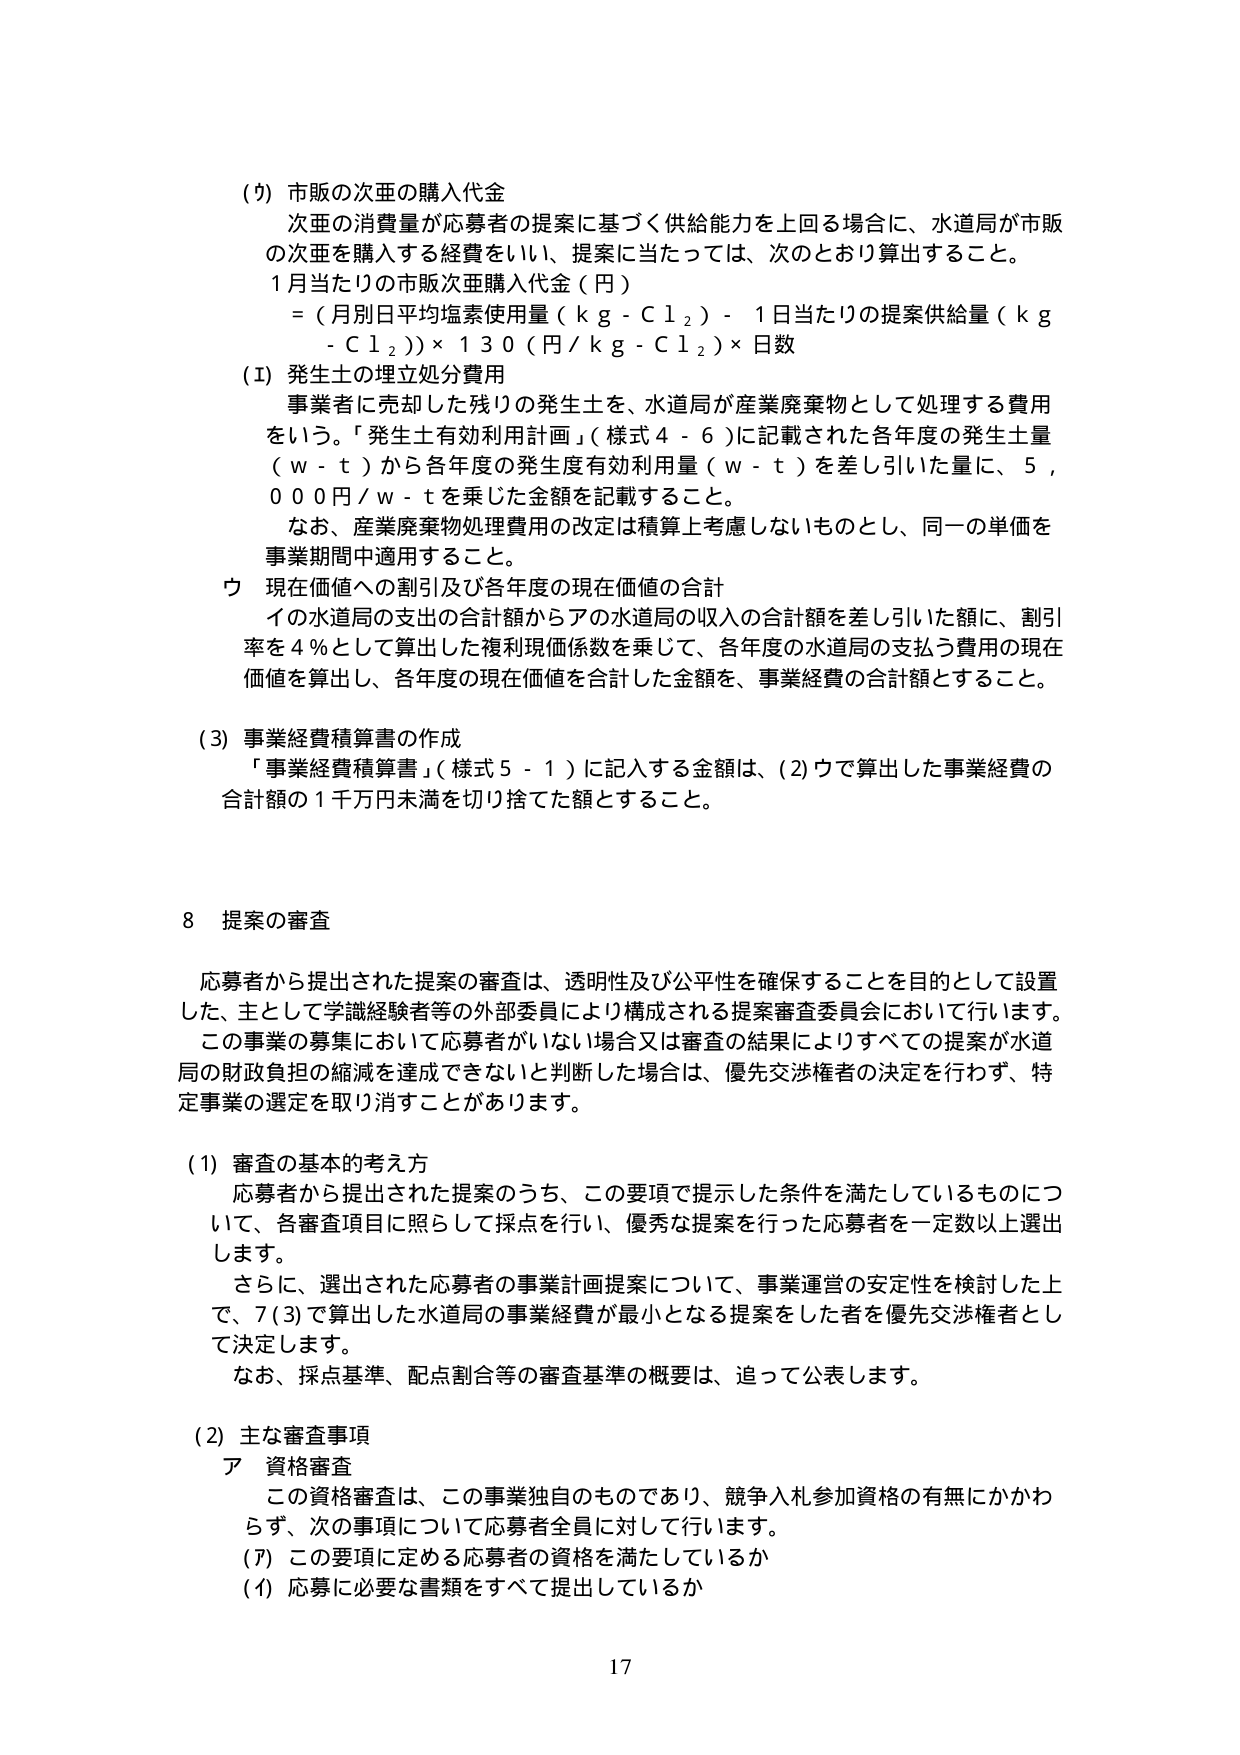
(9) 市販の次亜の購入代金
次亜の消費量が応募者の提案に基づく供給能力を上回る場合に、水道局が市販の次亜を購入する経費をいい、提案に当たっては、次のとおり算出すること。
1日当たりの市販次亜購入代金（円）
=（月別日平均塩素使用量（kg - Cl₂）- 1日当たりの提案供給量（kg - Cl₂））× 130（円/kg - Cl₂）× 日数

(1) 発生土の埋立処分費用
事業者に売却した残りの発生土を、水道局が産業廃棄物として処理する費用をいう。「発生土有効利用計画」（様式4-6）に記載された各年度の発生土量（w-t）から各年度の発生度有効利用量（w-t）を差し引いた量に、5,000円/w-tを乗じた金額を記載すること。
なお、産業廃棄物処理費用の改定は積算上考慮しないものとし、同一の単価を事業期間中適用すること。

ウ 現在価値への割引及び各年度の現在価値の合計
イの水道局の支出の合計額からアの水道局の収入の合計額を差し引いた額に、割引率を4％として算出した複利現価係数を乗じて、各年度の水道局の支払う費用の現在価値を算出し、各年度の現在価値を合計した金額を、事業経費の合計額とすること。

(3) 事業経費積算書の作成
「事業経費積算書」（様式5-1）に記入する金額は、(2)ウで算出した事業経費の合計額の1千万円未満を切り捨てた額とすること。

8 提案の審査
応募者から提出された提案の審査は、透明性及び公平性を確保することを目的として設置した、主として学識経験者等の外部委員により構成される提案審査委員会において行います。
この事業の募集において応募者がいない場合又は審査の結果によりすべての提案が水道局の財政負担の縮減を達成できないと判断した場合は、優先交渉権者の決定を行わず、特定事業の選定を取り消すことがあります。

(1) 審査の基本的考え方
応募者から提出された提案のうち、この要項で提示した条件を満たしているものについて、各審査項目に照らして採点を行い、優秀な提案を行った応募者を一定数以上選出します。
さらに、選出された応募者の事業計画提案について、事業運営の安定性を検討した上で、7(3)で算出した水道局の事業経費が最小となる提案をした者を優先交渉権者として決定します。
なお、採点基準、配点割合等の審査基準の概要は、追って公表します。

(2) 主な審査事項
ア 資格審査
この資格審査は、この事業独自のものであり、競争入札参加資格の有無にかかわらず、次の事項について応募者全員に対して行います。
(ア) この要項に定める応募者の資格を満たしているか
(イ) 応募に必要な書類をすべて提出しているか

17